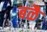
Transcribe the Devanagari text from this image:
बळै